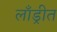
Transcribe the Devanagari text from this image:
लाँड्रीत